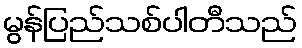
မွန်ပြည်သစ်ပါတီသည်